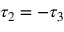
\tau _ { 2 } = - \tau _ { 3 }